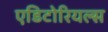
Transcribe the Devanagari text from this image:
एडिटोरियल्स